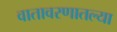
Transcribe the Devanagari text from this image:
वातावरणातल्या